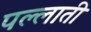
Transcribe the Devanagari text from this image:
पल्लाती